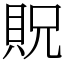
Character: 貺